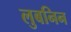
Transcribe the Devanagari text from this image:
लुबनिन